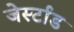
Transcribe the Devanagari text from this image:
जेर्स्टाड